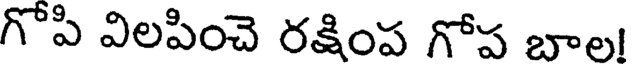
గోపి విలపించె రక్షింప గోప బాల!